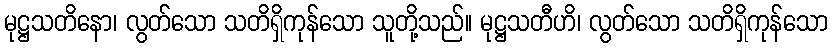
မုဋ္ဌသတိနော၊ လွတ်သော သတိရှိကုန်သော သူတို့သည်။ မုဋ္ဌသတီဟိ၊ လွတ်သော သတိရှိကုန်သော